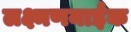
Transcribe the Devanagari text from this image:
लक्ष्मणनाईक